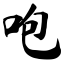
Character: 咆